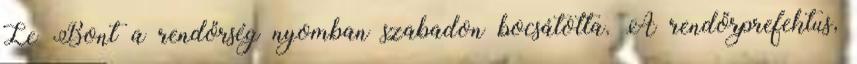
Le Bont a rendőrség nyomban szabadon bocsátotta. A rendőrprefektus,